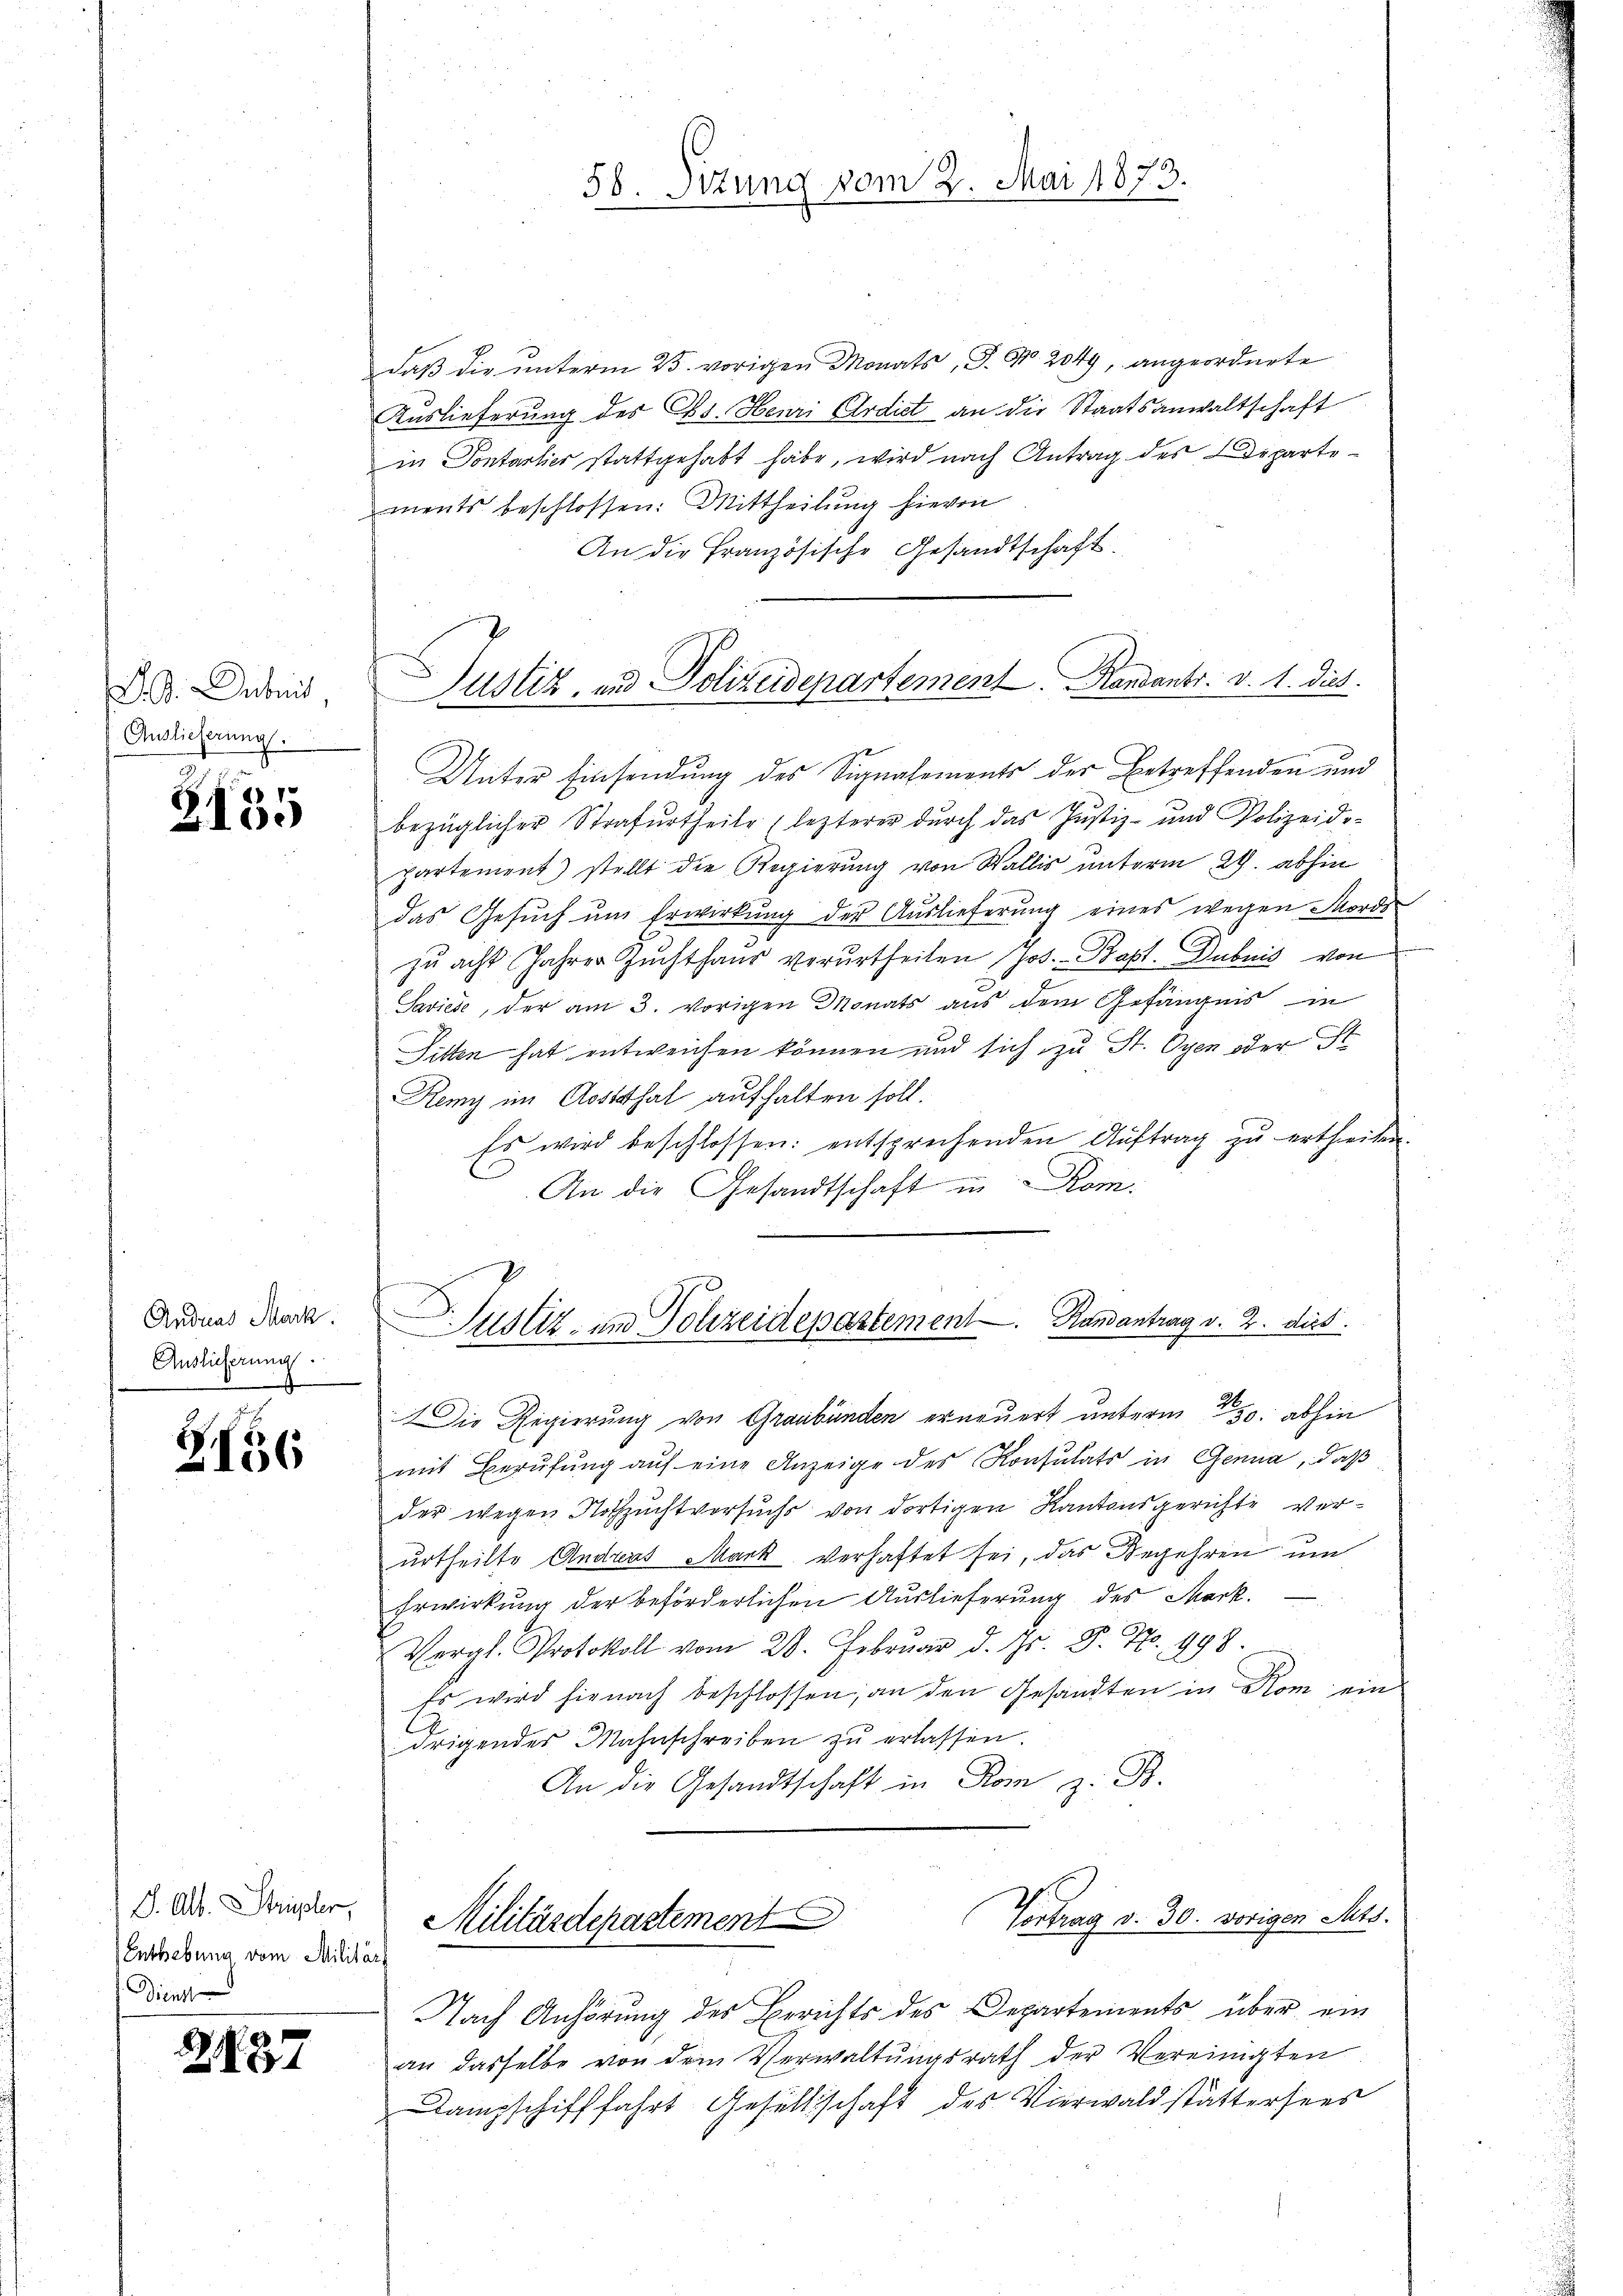
D. B. Dabei
Auslieferung.

2
2100

Andreas Mark
Auslieferung
.

Z156

J. Alb. Strüster,
Enthebung vom Milit
Dienst

2. 87

58. Sizung vom 2. Mai 1873.

daß die unterm 25. vorigen Monats, S. Nr. 2049, angeordnete
Auslieferung des Cts. Henri Ardict an die Staatsanwaltschaft
in Sontarlier stattgehabt habe, wird nach Antrag des Departements beschlossen: Mittheilung hievon
An die Französische Gesandtschaft.
Unter Einsendung des Signalements der Betreffenden und
bezüglicher Strafurtheile, lezterer durch das Justiz- und Polizeidopartement) stellt die Regierung von Wallis unterm 24. abhin
das Gesŭch ŭm Erwirkung der Auslieferung eines wegen Morde
zu acht Jahrer Zuchthaus verurtheilen Jos. Bapt. Dubnis von
Saviede, der am 3. vorigen Monats aus dem Gefängnis in
Sitten hat entweichen können und sich zu St. Oyen oder St
Remy im Gotthal aufhalten soll.
Es wird beschlossen: entsprechenden Aŭftrag zŭ ertheilen.
E
An die Gesandtschaft in Rom.
Justiz- und Polizeidepartement Randantrag v. 2. dies
2
Die Regierung von Graubünden erneuert unterm 30. abhin
mit Berufung auf eine Anzeige des Konsulats in Genua, daß
der wegen Nothzuchtversuchs von dortigen Kantonsgerichte verurtheilte Andreas Mark verhaftet sei, das Begehren un
Erwirkung der beförderlichen Auslieferung des Mark.
Vergl. Protokoll vom 28. Februar d. Js. P. Nr. 998
Es wird hie nach beschlossen, an den Gesandten in Rom ein
drigender Mahnschreiben zŭ erlassen.
An die Gesandtschaft in Rom z. B.
Vortrag v. 30. vorigen Mts.
Militärdepartement
Nach Anhörung des Berichts des Departements über ein
an dasselbe von dem Verwaltŭngsrath der Vereinigten
Dampschifffahrt Gesellschaft des Vierwaldstättersees

Justiz, und Polizeidepartement.   Randants. v. 1. dies